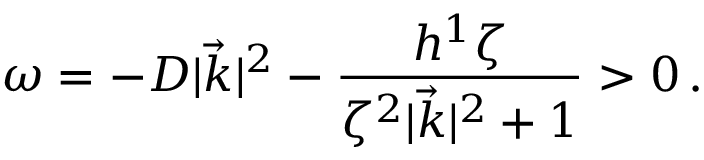
\omega = - D | \vec { k } | ^ { 2 } - \frac { h ^ { 1 } \zeta } { \zeta ^ { 2 } | \vec { k } | ^ { 2 } + 1 } > 0 \, .